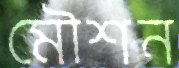
মৌশন